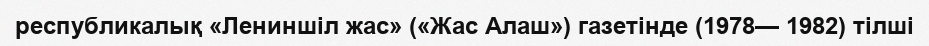
республикалық «Лениншіл жас» («Жас Алаш») газетінде (1978— 1982) тілші